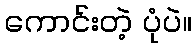
ကောင်းတဲ့ ပုံပဲ။